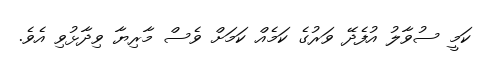
ކަމީ ސުވާލު އުފެދޭ ވަރުގެ ކަމެއް ކަމަށް ވެސް މާރިޔާ ވިދާޅުވި އެވެ.